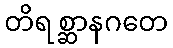
တိရစ္ဆာနဂတေ